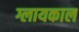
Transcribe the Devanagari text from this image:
ग्लायकाल